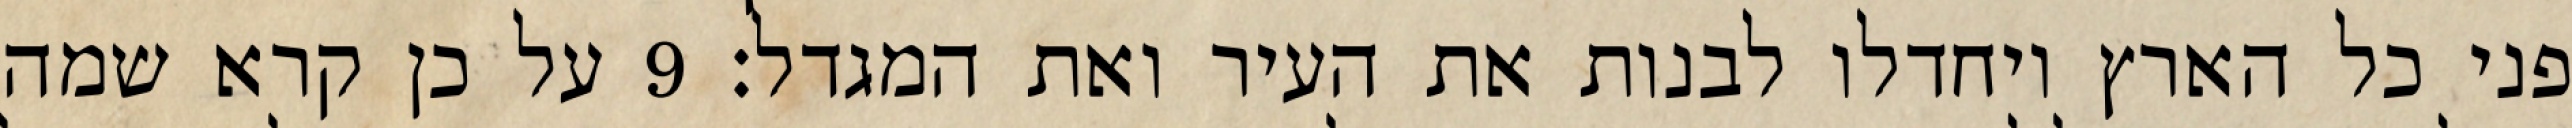
פני כל הארץ ויחדלו לבנות את העיר ואת המגדל׃ ‎9‏ על כן קרא שמה